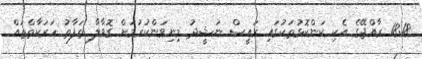
18:18 ރާއްޖޭގެ އެކި ކަންކޮޅުތަކުގައި ރައީސް ނަޝީދު މިނިވަންކުރުމަށް ގޮވާލާ ތަފާތު ހަރަކާތްތައް